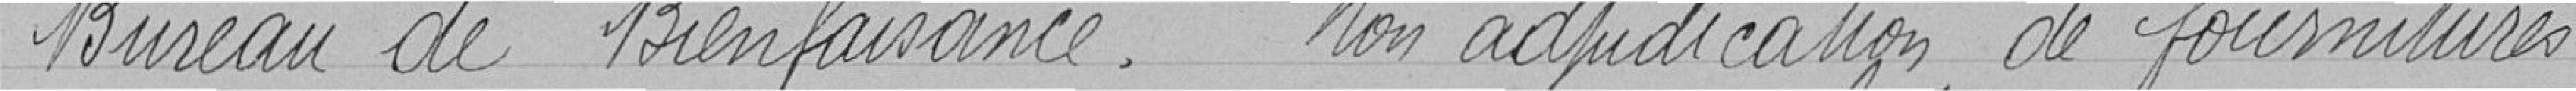
Bureau de Bienfaisance     non adjudication de fourniture